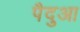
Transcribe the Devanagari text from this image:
पैदुआ